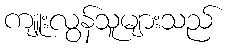
ကျူးလွန်သူများသည်